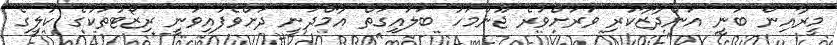
މީރާއިން ބުނީ އަންދާޒާކުރި ވަރަށްވުރެ ޖޫންމަހު ބަލައިގަތް އާމްދަނީ ދަށްވެފައިވަނީ ރިޒޯޓުތަކުގެ ކުލީގެ